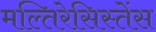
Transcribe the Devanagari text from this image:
मल्तिरेसिस्तेंस